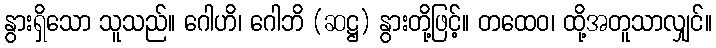
နွားရှိသော သူသည်။ ဂေါဟိ၊ ဂေါဘိ (ဆဋ္ဌ) နွားတို့ဖြင့်။ တထေဝ၊ ထို့အတူသာလျှင်။